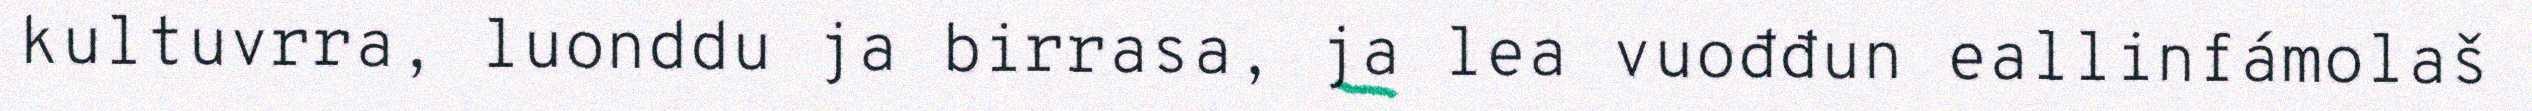
kultuvrra, luonddu ja birrasa, ja lea vuođđun eallinfámolaš